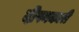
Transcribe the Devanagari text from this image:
दीपनकारी